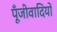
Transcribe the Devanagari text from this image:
पूँजीवादियों